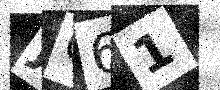
Text: JQ61